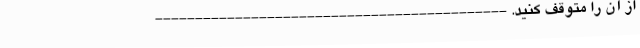
از آن را متوقف کنید. --------------------------------------------